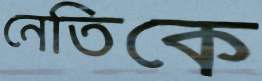
নেতিকে